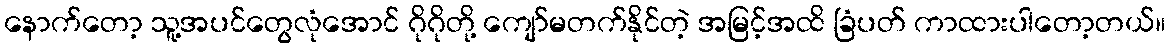
နောက်တော့ သူ့အပင်တွေလုံအောင် ဂိုဂိုတို့ ကျော်မတက်နိုင်တဲ့ အမြင့်အထိ ခြံပတ် ကာထားပါတော့တယ်။